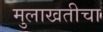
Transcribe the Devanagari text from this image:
मुलाखतीचा